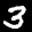
Label: 3